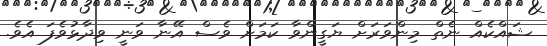
ޝައްކެއް ނެތް މިންވަރަށް ޔަގީންވާ ކަމަށް ވެސް އޭނާ ވަނީ ވިދާޅުވެފަ އެވެ.